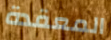
المعقدة